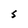
Character: S